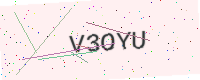
Text: V3OYU